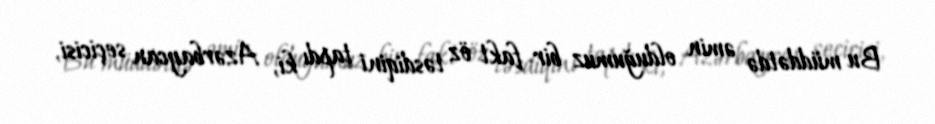
Bu müddətdə əmin olduğumuz bir fakt öz təsdiqini tapdı ki, Azərbaycan seçicisi,